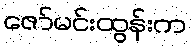
ဇော်မင်းထွန်းက